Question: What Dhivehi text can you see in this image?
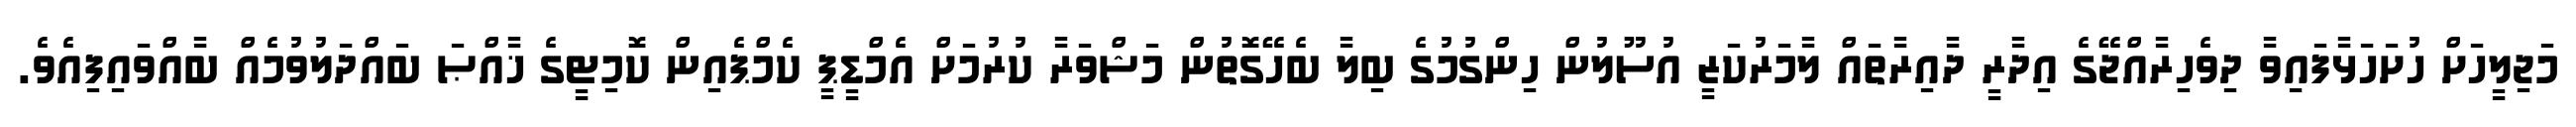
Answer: މަޖިލީހަށް ހުށަހަޅާފައިވާ ދިވެހިރާއްޖޭގެ އިދާރީ ދާއިރާތައް ލާމަރުކަޒީ އުސޫލުން ހިންގުމުގެ ބިލާ ބެހޭގޮތުން މަޝްވަރާ ކުރުމަށް އެމްޑީޕީ ކެމްޕެއިން ކޮމިޓީގެ ޚާއްޞަ ބައްދަލުވުމެއް ބާއްވައިފިއެވެ.